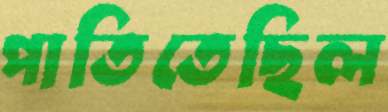
পাতিতেছিল